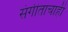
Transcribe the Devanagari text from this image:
संगीताचाही